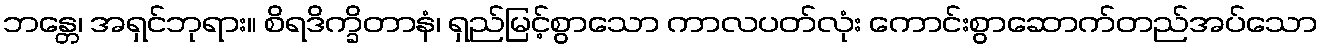
ဘန္တေ၊ အရှင်ဘုရား။ စိရဒိက္ခိတာနံ၊ ရှည်မြင့်စွာသော ကာလပတ်လုံး ကောင်းစွာဆောက်တည်အပ်သော